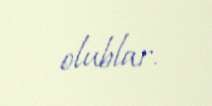
olublar.